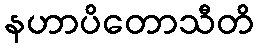
နဟာပိတောသီတိ